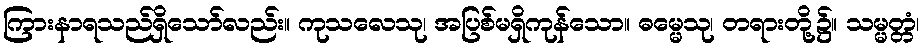
ကြားနာရသည်ရှိသော်လည်း။ ကုသလေသု၊ အပြစ်မရှိကုန်သော။ ဓမ္မေသု၊ တရားတို့၌။ သမ္မတ္တံ၊